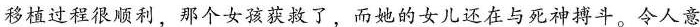
移植过程很顺利，那个女孩获救了，而她的女儿还在与死神搏斗。令人意